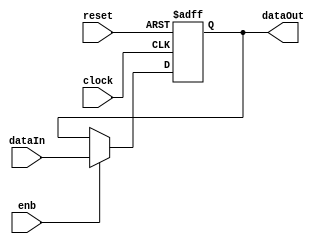

//////////////////////////////////////////////////////////////////////////////////
// Company: 
// Engineer: 
// 
// Design Name: 
// Module Name:    eightBitRegister 
// Project Name: 
// Target Devices: 
// Tool versions: 
// Description: 
//
// Dependencies: 
//
// Revision: 
// Revision 0.01 - File Created
// Additional Comments: 
//
//////////////////////////////////////////////////////////////////////////////////
module eightBitRegister #(parameter W = 8) (
   input  [W-1:0] dataIn,
   output [W-1:0] dataOut,
   input enb,
   input reset,
   input clock);

	reg  [W-1:0] data;

	assign dataOut = data;

   // asynchronous reset
   always @ (posedge clock, posedge reset)
      if (reset)  
          data  <= 8'h00;
      else 
         if (enb) 
            data <= dataIn;
endmodule